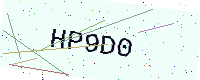
Text: HP9D0